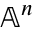
\mathbb { A } ^ { n }